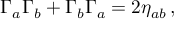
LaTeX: \Gamma _ { a } \Gamma _ { b } + \Gamma _ { b } \Gamma _ { a } = 2 \eta _ { a b } \, ,